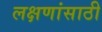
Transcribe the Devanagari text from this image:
लक्षणांसाठी